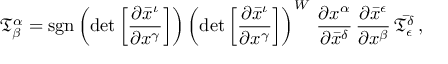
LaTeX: { \mathfrak { T } } _ { \beta } ^ { \alpha } = \operatorname { s g n } \left( \operatorname* { d e t } { \left[ { \frac { \partial { \bar { x } } ^ { \iota } } { \partial { x } ^ { \gamma } } } \right] } \right) \left( \operatorname* { d e t } { \left[ { \frac { \partial { \bar { x } } ^ { \iota } } { \partial { x } ^ { \gamma } } } \right] } \right) ^ { W } \, { \frac { \partial { x } ^ { \alpha } } { \partial { \bar { x } } ^ { \delta } } } \, { \frac { \partial { \bar { x } } ^ { \epsilon } } { \partial { x } ^ { \beta } } } \, { \bar { \mathfrak { T } } } _ { \epsilon } ^ { \delta } \, ,